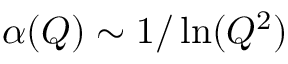
\alpha ( Q ) \sim 1 / \ln ( Q ^ { 2 } )